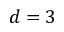
d = 3